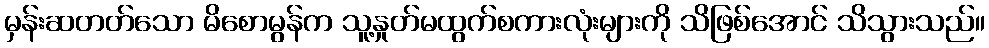
မှန်းဆတတ်သော မိစောမွန်က သူ့နှုတ်မထွက်စကားလုံးများကို သိဖြစ်အောင် သိသွားသည်။